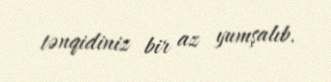
tənqidiniz bir az yumşalıb.